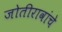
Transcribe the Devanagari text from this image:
जोतीरावांचे